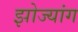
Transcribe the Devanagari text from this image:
झोज्यांग